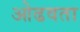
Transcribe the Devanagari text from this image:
ओढवता